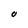
Character: O